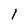
Character: 1